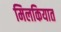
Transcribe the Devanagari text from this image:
मिलकियात